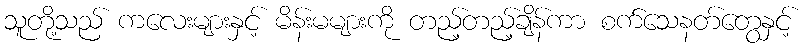
သူတို့သည် ကလေးများနှင့် မိန်းမများကို တည့်တည့်ချိန်ကာ စက်သေနတ်တွေနှင့်